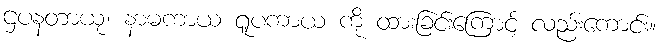
ဌပနတာယု၊ နာမကာယ ရူပကာယ ကို ထားခြင်းကြောင့် လည်းကောင်း။